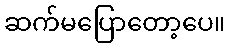
ဆက်မပြောတော့ပေ။